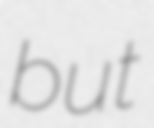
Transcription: but